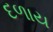
દળાય